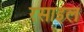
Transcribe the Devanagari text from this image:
रसाइल